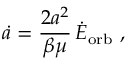
\dot { a } = \frac { 2 a ^ { 2 } } { \beta \mu } \, \dot { E } _ { \mathrm { o r b } } \ ,